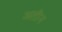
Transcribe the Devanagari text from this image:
अतीन